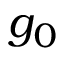
g _ { 0 }